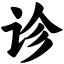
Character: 诊